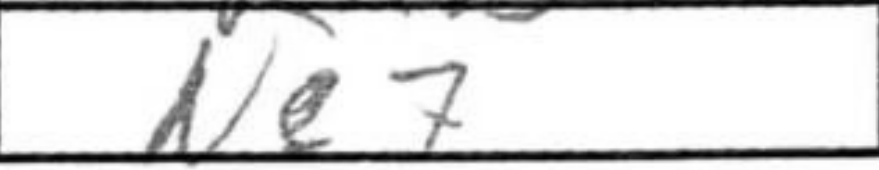
Transcription: Ne7